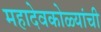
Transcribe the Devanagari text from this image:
महादेवकोळ्यांची